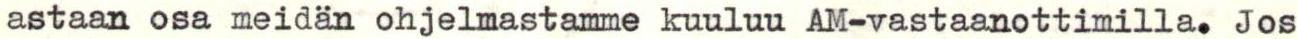
astaan osa meidän ohjelmastamme kuuluu AM-vastaanottimilla. Jos